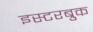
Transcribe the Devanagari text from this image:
इस्टरब्रुक